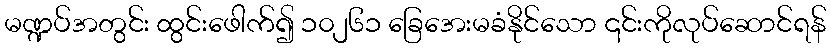
မဏ္ဍပ်အတွင်း ထွင်းဖေါက်၍ ၁၀၂၆၁ ခြေအေးမခံနိုင်သော ၎င်းကိုလုပ်ဆောင်ရန်